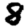
Digit: 8